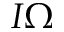
I \Omega